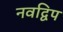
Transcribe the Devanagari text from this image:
नवद्विप